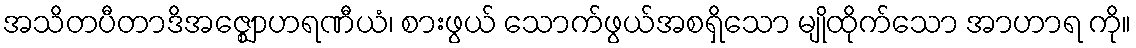
အသိတပီတာဒိအဇ္ဈောဟရဏီယံ၊ စားဖွယ် သောက်ဖွယ်အစရှိသော မျိုထိုက်သော အာဟာရ ကို။